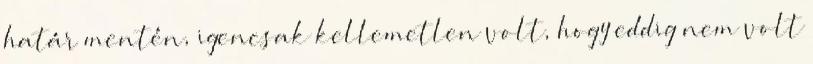
határ mentén, igencsak kellemetlen volt, hogy eddig nem volt